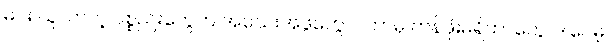
မင်း ယူလာတဲ့ ပစ္စည်းတွေက အသေးအဖွဲတွေပဲ၊ ဘာမှ တန်ဖိုးမရှိတာတွေ၊ ဒါပေမဲ့